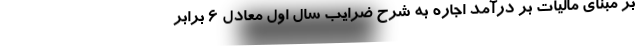
بر مبنای مالیات بر درآمد اجاره به شرح ضرایب سال اول معادل 6 برابر